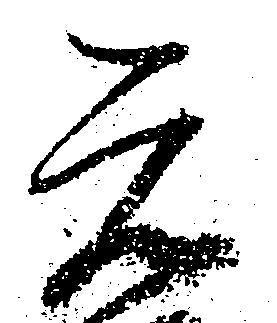
元